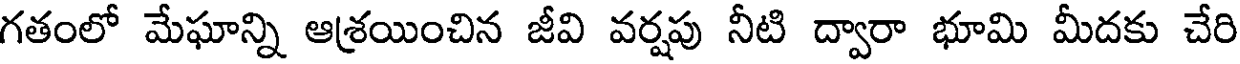
గతంలో మేఘాన్ని ఆశ్రయించిన జీవి వర్షపు నీటి ద్వారా భూమి మీదకు చేరి